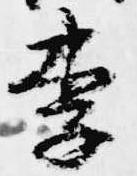
李